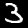
Label: 3